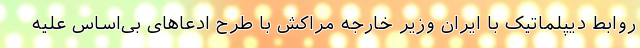
روابط دیپلماتیک با ایران وزیر خارجه مراکش با طرح ادعاهای بی‌اساس علیه